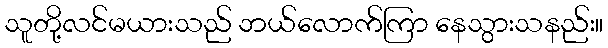
သူတို့လင်မယားသည် ဘယ်လောက်ကြာ နေသွားသနည်း။